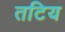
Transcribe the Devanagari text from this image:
तटिय